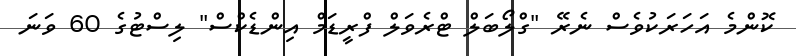
ކޮންމެ އަހަރަކުވެސް ނެރޭ "ގްލޯބަލް ޓްރެވަލް ފްރީޑަމް އިންޑެކްސް" ލިސްޓުގެ 60 ވަނަ